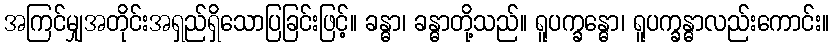
အကြင်မျှအတိုင်းအရှည်ရှိသောပြခြင်းဖြင့်။ ခန္ဓာ၊ ခန္ဓာတို့သည်။ ရူပက္ခန္ဓော၊ ရူပက္ခန္ဓာလည်းကောင်း။